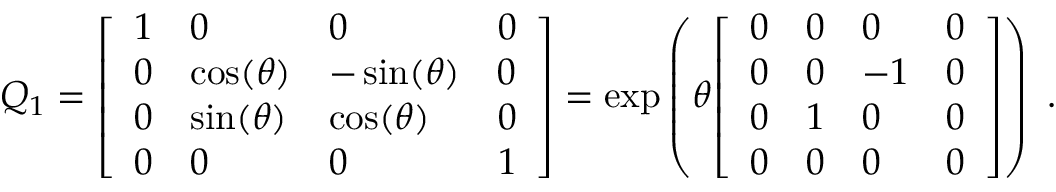
Q _ { 1 } = { \left[ \begin{array} { l l l l } { 1 } & { 0 } & { 0 } & { 0 } \\ { 0 } & { \cos ( \theta ) } & { - \sin ( \theta ) } & { 0 } \\ { 0 } & { \sin ( \theta ) } & { \cos ( \theta ) } & { 0 } \\ { 0 } & { 0 } & { 0 } & { 1 } \end{array} \right] } = \exp \left( \theta { \left[ \begin{array} { l l l l } { 0 } & { 0 } & { 0 } & { 0 } \\ { 0 } & { 0 } & { - 1 } & { 0 } \\ { 0 } & { 1 } & { 0 } & { 0 } \\ { 0 } & { 0 } & { 0 } & { 0 } \end{array} \right] } \right) ~ .